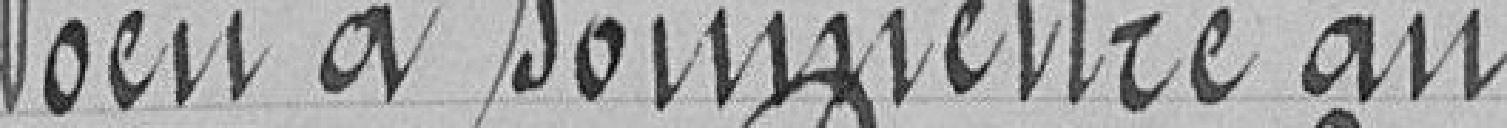
Voeu à soumettre au